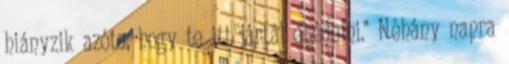
hiányzik azóta, hogy te itt jártál ebédelni." Néhány napra